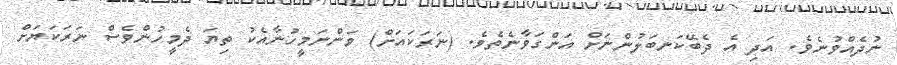
ނުދެއްވުނެވެ. އަދި އެ ދެބޭކަނބަލުންނަށް އަންގަވާނެތެވެ. (ނަރަކައަށް) ވަންނަމީހުނާއެކު ތިޔަ ދެމީހުންވެސް ނަރަކަޔަށް